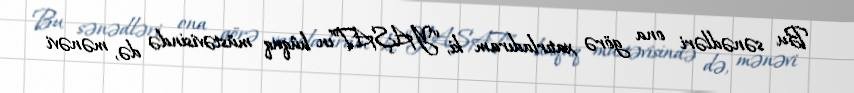
Bu sənədləri ona görə xatırladıram ki, “YAŞAT”ın hüquq müstəvisində də, mənəvi